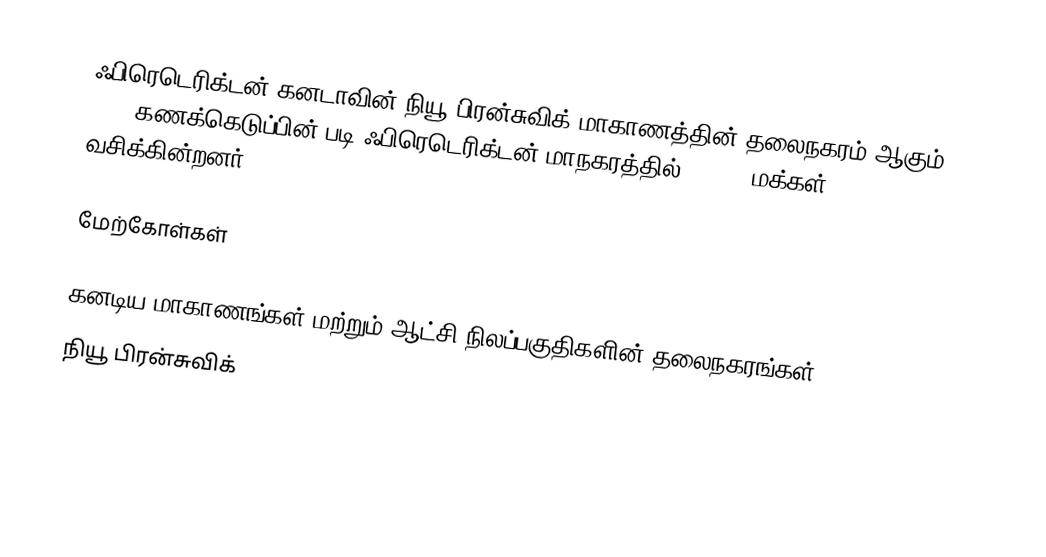
ஃபிரெடெரிக்டன் கனடாவின் நியூ பிரன்சுவிக் மாகாணத்தின் தலைநகரம் ஆகும். 2006 கணக்கெடுப்பின் படி ஃபிரெடெரிக்டன் மாநகரத்தில் 85,688 மக்கள் வசிக்கின்றனர்.

மேற்கோள்கள்

கனடிய மாகாணங்கள் மற்றும் ஆட்சி நிலப்பகுதிகளின் தலைநகரங்கள்
நியூ பிரன்சுவிக்